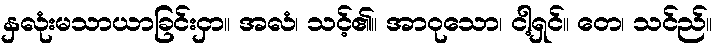
နှလုံးမသာယာခြင်းငှာ။ အလံ၊ သင့်၏။ အာဝုသော၊ ငါ့ရှင်။ တေ၊ သင်ည်။